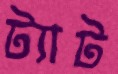
ট্যাট